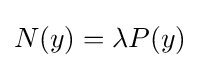
N(y)=\lambda P(y)